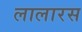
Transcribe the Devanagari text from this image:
लालारस